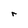
Character: r